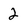
Character: 2